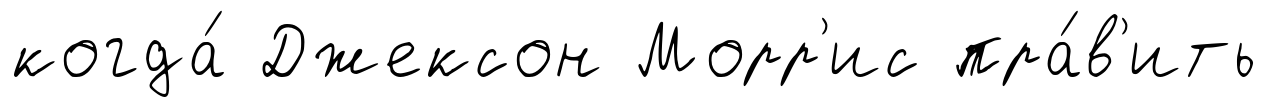
когда́ Джексон Морр'ис пра́в'ить